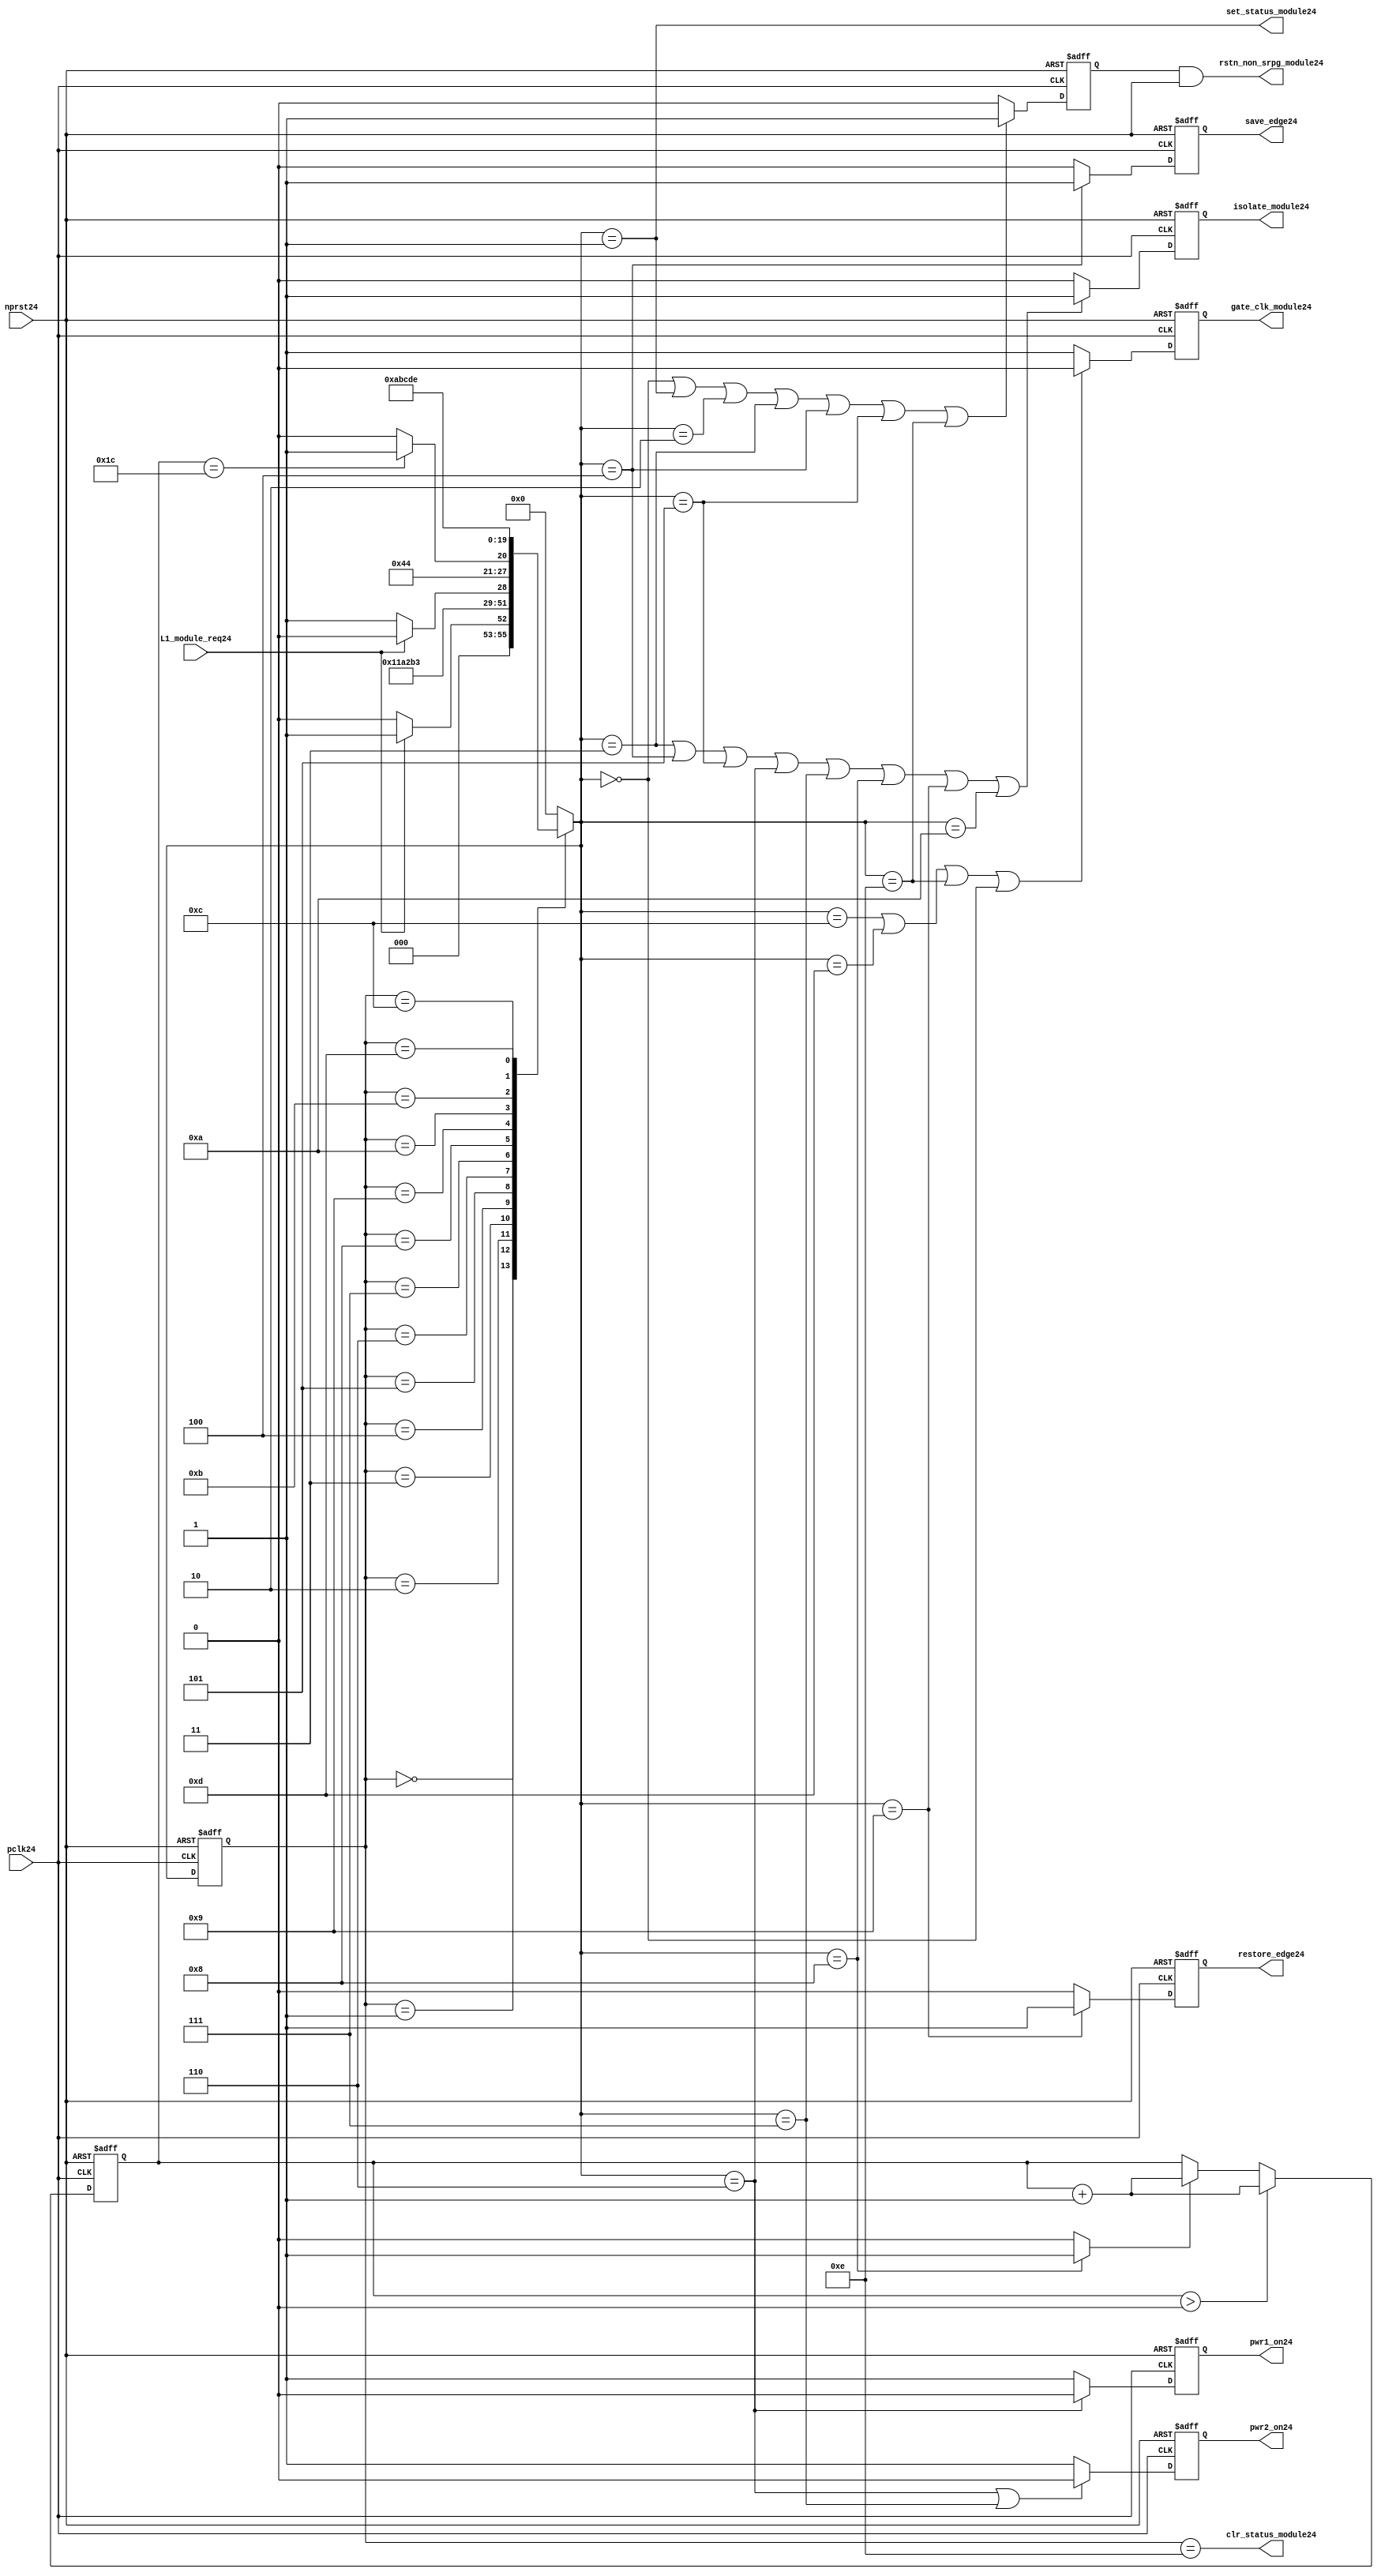
//File24 name   : power_ctrl_sm24.v
//Title24       : Power24 Controller24 state machine24
//Created24     : 1999
//Description24 : State24 machine24 of power24 controller24
//Notes24       : 
//----------------------------------------------------------------------
//   Copyright24 1999-2010 Cadence24 Design24 Systems24, Inc24.
//   All Rights24 Reserved24 Worldwide24
//
//   Licensed24 under the Apache24 License24, Version24 2.0 (the
//   "License24"); you may not use this file except24 in
//   compliance24 with the License24.  You may obtain24 a copy of
//   the License24 at
//
//       http24://www24.apache24.org24/licenses24/LICENSE24-2.0
//
//   Unless24 required24 by applicable24 law24 or agreed24 to in
//   writing, software24 distributed24 under the License24 is
//   distributed24 on an "AS24 IS24" BASIS24, WITHOUT24 WARRANTIES24 OR24
//   CONDITIONS24 OF24 ANY24 KIND24, either24 express24 or implied24.  See
//   the License24 for the specific24 language24 governing24
//   permissions24 and limitations24 under the License24.
//----------------------------------------------------------------------
module power_ctrl_sm24 (

    // Clocks24 & Reset24
    pclk24,
    nprst24,

    // Register Control24 inputs24
    L1_module_req24,
    set_status_module24,
    clr_status_module24,

    // Module24 control24 outputs24
    rstn_non_srpg_module24,
    gate_clk_module24,
    isolate_module24,
    save_edge24,
    restore_edge24,
    pwr1_on24,
    pwr2_on24

);

input    pclk24;
input    nprst24;

input    L1_module_req24;
output   set_status_module24;
output   clr_status_module24;
    
output   rstn_non_srpg_module24;
output   gate_clk_module24;
output   isolate_module24;
output   pwr1_on24;
output   pwr2_on24;
output save_edge24;
output restore_edge24;

wire    set_status_module24;
wire    clr_status_module24;

wire    rstn_non_srpg_module24;
reg     gate_clk_module24;
reg     isolate_module24;
reg     pwr1_on24;
reg     pwr2_on24;

reg save_edge24;

reg restore_edge24;
   
// FSM24 state
reg  [3:0] currentState24, nextState24;
reg     rstn_non_srpg24;
reg [4:0] trans_cnt24;

parameter Init24 = 0; 
parameter Clk_off24 = 1; 
parameter Wait124 = 2; 
parameter Isolate24 = 3; 
parameter Save_edge24 = 4; 
parameter Pre_pwr_off24 = 5; 
parameter Pwr_off24 = 6; 
parameter Pwr_on124 = 7; 
parameter Pwr_on224 = 8; 
parameter Restore_edge24 = 9; 
parameter Wait224 = 10; 
parameter De_isolate24 = 11; 
parameter Clk_on24 = 12; 
parameter Wait324 = 13; 
parameter Rst_clr24 = 14;


// Power24 Shut24 Off24 State24 Machine24

// FSM24 combinational24 process
always @  (*)
  begin
    case (currentState24)

      // Commence24 PSO24 once24 the L124 req bit is set.
      Init24:
        if (L1_module_req24 == 1'b1)
          nextState24 = Clk_off24;         // Gate24 the module's clocks24 off24
        else
          nextState24 = Init24;            // Keep24 waiting24 in Init24 state
        
      Clk_off24 :
        nextState24 = Wait124;             // Wait24 for one cycle
 
      Wait124  :                         // Wait24 for clk24 gating24 to take24 effect
        nextState24 = Isolate24;           // Start24 the isolation24 process
          
      Isolate24 :
        nextState24 = Save_edge24;
        
      Save_edge24 :
        nextState24 = Pre_pwr_off24;

      Pre_pwr_off24 :
        nextState24 = Pwr_off24;
      // Exit24 PSO24 once24 the L124 req bit is clear.

      Pwr_off24 :
        if (L1_module_req24 == 1'b0)
          nextState24 = Pwr_on124;         // Resume24 power24 if the L1_module_req24 bit is cleared24
        else
          nextState24 = Pwr_off24;         // Wait24 until the L1_module_req24 bit is cleared24
        
      Pwr_on124 :
        nextState24 = Pwr_on224;
          
      Pwr_on224 :
        if(trans_cnt24 == 5'd28)
          nextState24 = Restore_edge24;
        else 
          nextState24 = Pwr_on224;
          
      Restore_edge24 :
        nextState24 = Wait224;

      Wait224 :
        nextState24 = De_isolate24;
          
      De_isolate24 :
        nextState24 = Clk_on24;
          
      Clk_on24 :
        nextState24 = Wait324;
          
      Wait324  :                         // Wait24 for clock24 to resume
        nextState24 = Rst_clr24 ;     
 
      Rst_clr24 :
        nextState24 = Init24;
        
      default  :                       // Catch24 all
        nextState24 = Init24; 
        
    endcase
  end


  // Signals24 Sequential24 process - gate_clk_module24
always @ (posedge pclk24 or negedge nprst24)
  begin
    if (~nprst24)
      gate_clk_module24 <= 1'b0;
    else 
      if (nextState24 == Clk_on24 | nextState24 == Wait324 | nextState24 == Rst_clr24 | 
          nextState24 == Init24)
          gate_clk_module24 <= 1'b0;
      else
          gate_clk_module24 <= 1'b1;
  end

// Signals24 Sequential24 process - rstn_non_srpg24
always @ (posedge pclk24 or negedge nprst24)
  begin
    if (~nprst24)
      rstn_non_srpg24 <= 1'b0;
    else
      if ( nextState24 == Init24 | nextState24 == Clk_off24 | nextState24 == Wait124 | 
           nextState24 == Isolate24 | nextState24 == Save_edge24 | nextState24 == Pre_pwr_off24 | nextState24 == Rst_clr24)
        rstn_non_srpg24 <= 1'b1;
      else
        rstn_non_srpg24 <= 1'b0;
   end


// Signals24 Sequential24 process - pwr1_on24 & pwr2_on24
always @ (posedge pclk24 or negedge nprst24)
  begin
    if (~nprst24)
      pwr1_on24 <=  1'b1;  // power24 gates24 1 & 2 are on
    else
      if (nextState24 == Pwr_off24 )
        pwr1_on24 <= 1'b0;  // shut24 off24 both power24 gates24 1 & 2
      else
        pwr1_on24 <= 1'b1;
  end


// Signals24 Sequential24 process - pwr1_on24 & pwr2_on24
always @ (posedge pclk24 or negedge nprst24)
  begin
    if (~nprst24)
       pwr2_on24 <= 1'b1;      // power24 gates24 1 & 2 are on
    else
      if (nextState24 == Pwr_off24 | nextState24 == Pwr_on124)
        pwr2_on24 <= 1'b0;     // shut24 off24 both power24 gates24 1 & 2
      else
        pwr2_on24 <= 1'b1;
   end


// Signals24 Sequential24 process - isolate_module24 
always @ (posedge pclk24 or negedge nprst24)
  begin
    if (~nprst24)
        isolate_module24 <= 1'b0;
    else
      if (nextState24 == Isolate24 | nextState24 == Save_edge24 | nextState24 == Pre_pwr_off24 |  nextState24 == Pwr_off24 | nextState24 == Pwr_on124 |
          nextState24 == Pwr_on224 | nextState24 == Restore_edge24 | nextState24 == Wait224)
         isolate_module24 <= 1'b1;       // Activate24 the isolate24 and retain24 signals24
      else
         isolate_module24 <= 1'b0;        
   end    

// enabling save edge
always @ (posedge pclk24 or negedge nprst24)
  begin
    if (~nprst24)
        save_edge24 <= 1'b0;
    else
      if (nextState24 == Save_edge24 )
         save_edge24 <= 1'b1;       // Activate24 the isolate24 and retain24 signals24
      else
         save_edge24 <= 1'b0;        
   end    
// stabilising24 count
wire restore_change24;
assign restore_change24 = (nextState24 == Pwr_on224) ? 1'b1: 1'b0;

always @ (posedge pclk24 or negedge nprst24)
  begin
    if (~nprst24)
      trans_cnt24 <= 0;
    else if (trans_cnt24 > 0)
      trans_cnt24  <= trans_cnt24 + 1;
    else if (restore_change24)
      trans_cnt24  <= trans_cnt24 + 1;
  end

// enabling restore24 edge
always @ (posedge pclk24 or negedge nprst24)
  begin
    if (~nprst24)
        restore_edge24 <= 1'b0;
    else
      if (nextState24 == Restore_edge24)
         restore_edge24 <= 1'b1;       // Activate24 the isolate24 and retain24 signals24
      else
         restore_edge24 <= 1'b0;        
   end    


// FSM24 Sequential24 process
always @ (posedge pclk24 or negedge nprst24)
  begin
    if (~nprst24)
      currentState24 <= Init24;
    else
      currentState24 <= nextState24;
  end


// Reset24 for non-SRPG24 FFs24 is a combination24 of the nprst24 and the reset during PSO24
assign  rstn_non_srpg_module24 = rstn_non_srpg24 & nprst24;

assign  set_status_module24 = (nextState24 == Clk_off24);    // Set the L124 status bit  
assign  clr_status_module24 = (currentState24 == Rst_clr24); // Clear the L124 status bit  
  

`ifdef LP_ABV_ON24

// psl24 default clock24 = (posedge pclk24);

// Never24 have the set and clear status signals24 both set
// psl24 output_no_set_and_clear24 : assert never {set_status_module24 & clr_status_module24};



// Isolate24 signal24 should become24 active on the 
// Next24 clock24 after Gate24 signal24 is activated24
// psl24 output_pd_seq24:
//    assert always
//	  {rose24(gate_clk_module24)} |=> {[*1]; {rose24(isolate_module24)} }
//    abort24(~nprst24);
//
//
//
// Reset24 signal24 for Non24-SRPG24 FFs24 and POWER24 signal24 for
// SMC24 should become24 LOW24 on clock24 cycle after Isolate24 
// signal24 is activated24
// psl24 output_pd_seq_stg_224:
//    assert always
//    {rose24(isolate_module24)} |=>
//    {[*2]; {{fell24(rstn_non_srpg_module24)} && {fell24(pwr1_on24)}} }
//    abort24(~nprst24);
//
//
// Whenever24 pwr1_on24 goes24 to LOW24 pwr2_on24 should also go24 to LOW24
// psl24 output_pwr2_low24:
//    assert always
//    { fell24(pwr1_on24) } |->  { fell24(pwr2_on24) }
//    abort24(~nprst24);
//
//
// Whenever24 pwr1_on24 becomes HIGH24 , On24 Next24 clock24 cycle pwr2_on24
// should also become24 HIGH24
// psl24 output_pwr2_high24:
//    assert always
//    { rose24(pwr1_on24) } |=>  { (pwr2_on24) }
//    abort24(~nprst24);
//
`endif


endmodule